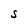
Character: S